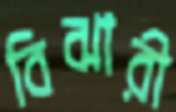
বিঝারী